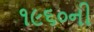
૧૯૬૦ની